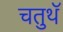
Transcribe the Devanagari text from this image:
चतुथॅ